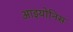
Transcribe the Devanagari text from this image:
आइयोनिस